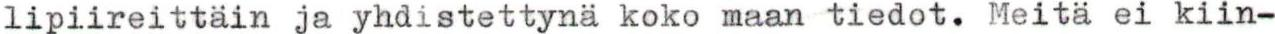
lipiireittäin ja yhdistettynä koko maan tiedot. Meitä ei kiin-